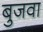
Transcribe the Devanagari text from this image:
बुजवा